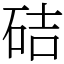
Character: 硈